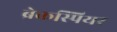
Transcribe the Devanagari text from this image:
ब्रेकस्पियर